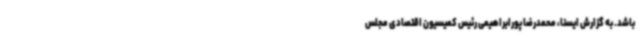
باشد. به گزارش ایسنا، محمدرضا پورابراهیمی رئیس کمیسیون اقتصادی مجلس